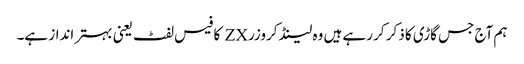
ہم آج جس گاڑی کا ذکر کر رہے ہیں وہ لینڈ کروزر ZX کا فیس لفٹ یعنی بہتر انداز ہے۔